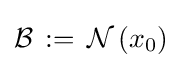
{\mathcal {B}}\,:=\,{\mathcal {N}}\left(x_{0}\right)